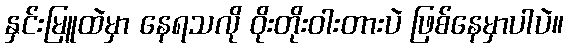
နှင်းမြူထဲမှာ နေရသလို ဝိုးတိုးဝါးတားပဲ ဖြစ်နေမှာပါပဲ။